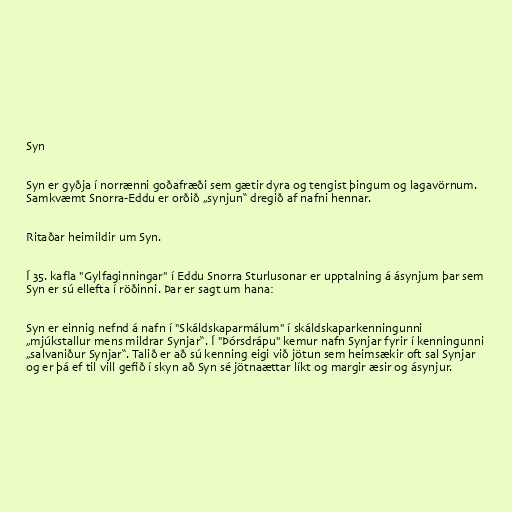
Syn

Syn er gyðja í norrænni goðafræði sem gætir dyra og tengist þingum og lagavörnum.
Samkvæmt Snorra-Eddu er orðið „synjun“ dregið af nafni hennar.

Ritaðar heimildir um Syn.

Í 35. kafla "Gylfaginningar" í Eddu Snorra Sturlusonar er upptalning á ásynjum þar sem
Syn er sú ellefta í röðinni. Þar er sagt um hana:

Syn er einnig nefnd á nafn í "Skáldskaparmálum" í skáldskaparkenningunni
„mjúkstallur mens mildrar Synjar“. Í "Þórsdrápu" kemur nafn Synjar fyrir í kenningunni
„salvaniður Synjar“. Talið er að sú kenning eigi við jötun sem heimsækir oft sal Synjar
og er þá ef til vill gefið í skyn að Syn sé jötnaættar líkt og margir æsir og ásynjur.